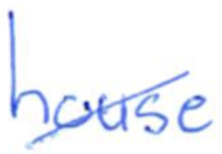
Text: house
Cross-out: diagonal
Writing tool: ballpoint